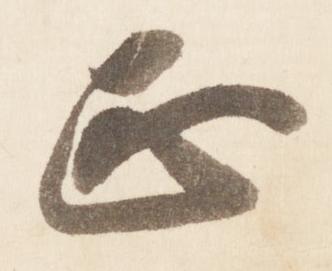
正